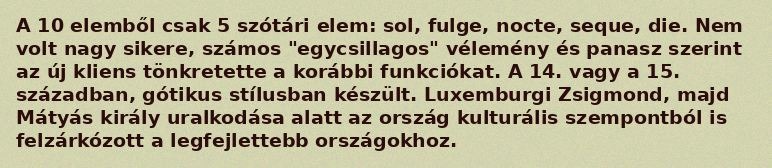
A 10 elemből csak 5 szótári elem: sol, fulge, nocte, seque, die. Nem volt nagy sikere, számos "egycsillagos" vélemény és panasz szerint az új kliens tönkretette a korábbi funkciókat. A 14. vagy a 15. században, gótikus stílusban készült. Luxemburgi Zsigmond, majd Mátyás király uralkodása alatt az ország kulturális szempontból is felzárkózott a legfejlettebb országokhoz.